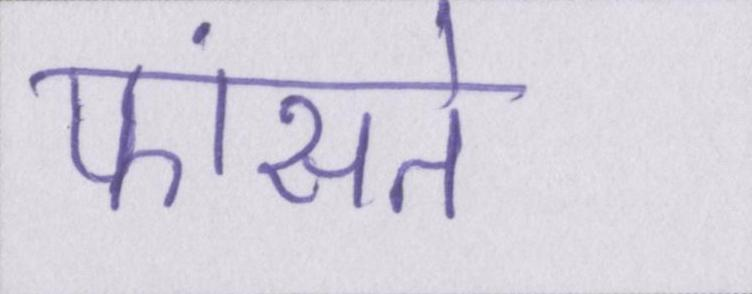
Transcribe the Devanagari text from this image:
फांसते